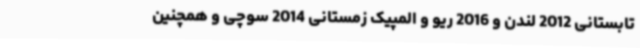
تابستانی 2012 لندن و 2016 ریو و المپیک زمستانی 2014 سوچی و همچنین